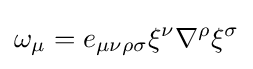
\omega _{\mu }=e_{\mu \nu \rho \sigma }\xi ^{\nu }\nabla ^{\rho }\xi ^{\sigma }